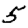
Digit: 5